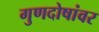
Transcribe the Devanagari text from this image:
गुणदोषांवर